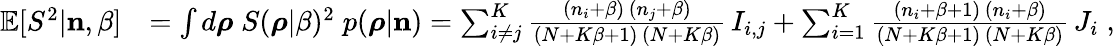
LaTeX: \begin{array}{rl}{\mathbb{E}[S^{2}|{\mathbf n},\beta]}&{=\int d\boldsymbol{\rho}\; S(\boldsymbol{\rho}|\beta)^{2}\; p(\boldsymbol{\rho}|{\mathbf n})=\sum_{i\neq j}^{K}\frac{(n_{i}+\beta)\, (n_{j}+\beta)}{(N+K\beta+1)\, (N+K\beta)}\, I_{i,j}+\sum_{i=1}^{K}\frac{(n_{i}+\beta+1)\, (n_{i}+\beta)}{(N+K\beta+1)\, (N+K\beta)}\, J_{i}\; ,}\end{array}